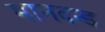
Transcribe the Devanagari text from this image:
मानदन्ड